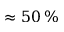
\approx 5 0 \, \%